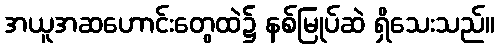
အယူအဆဟောင်းတွေထဲ၌ နစ်မြုပ်ဆဲ ရှိသေးသည်။